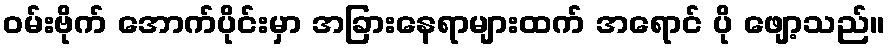
ဝမ်းဗိုက် အောက်ပိုင်းမှာ အခြားနေရာများထက် အရောင် ပို ဖျော့သည်။